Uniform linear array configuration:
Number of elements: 12
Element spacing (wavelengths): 1
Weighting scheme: binomial
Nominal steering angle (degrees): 45
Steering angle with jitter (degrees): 45.256
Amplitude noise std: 0.05
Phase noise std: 0.05

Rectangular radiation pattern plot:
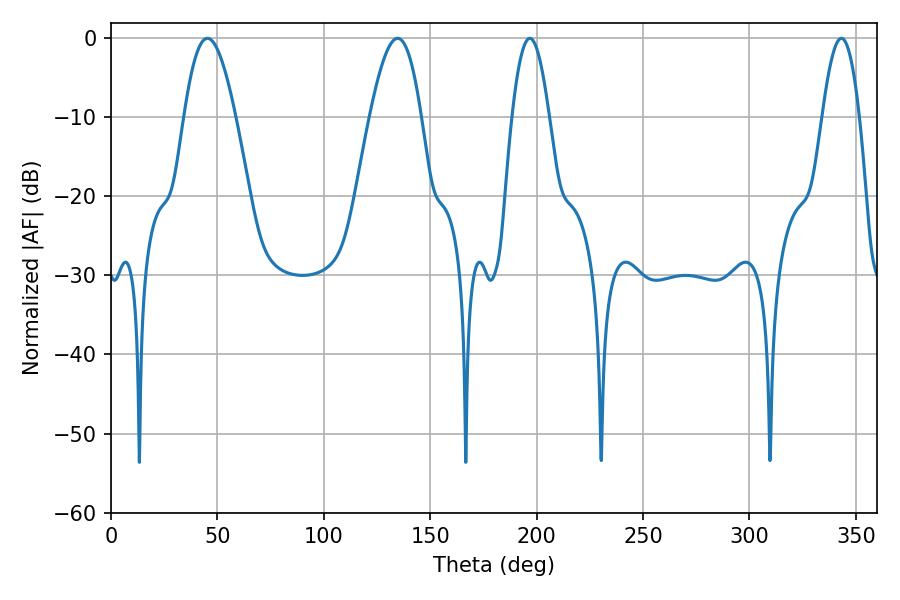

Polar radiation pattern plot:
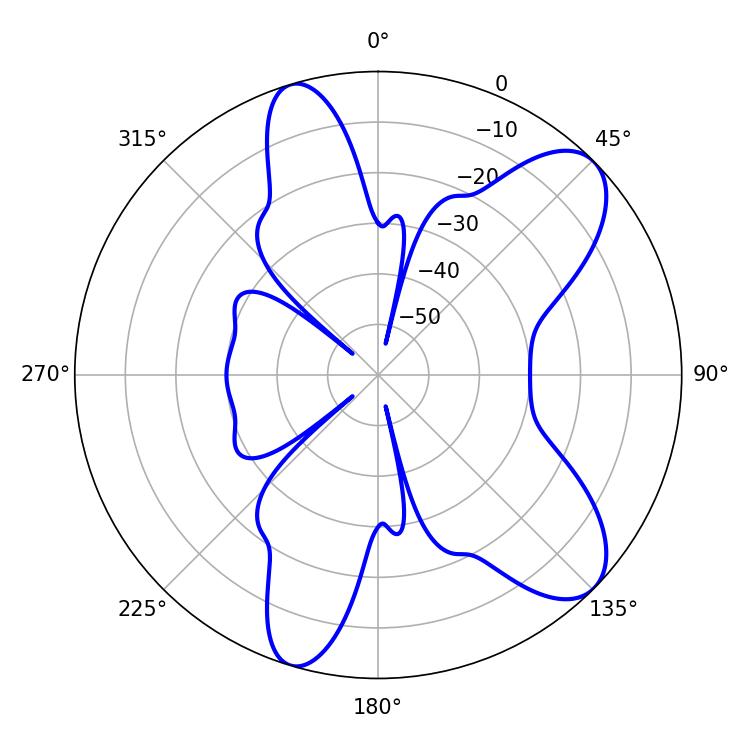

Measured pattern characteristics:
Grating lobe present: TRUE
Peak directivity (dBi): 9.03
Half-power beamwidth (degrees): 13.14
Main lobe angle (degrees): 45.36